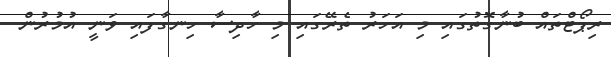
ރިޕޯޓްތައް ބުނާގޮތުގައި މި އަހަރު ތެރޭގައި މި ހާދިސާ ހިނގާފައި ވަނީ އުމުރުން